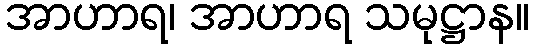
အာဟာရ၊ အာဟာရ သမုဋ္ဌာန။